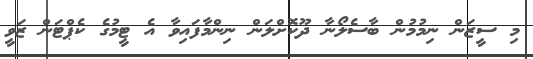
މި ސީޒަން ނިމުމުން ބާސެލޯނާ ދޫކޮށްލަން ނިންމާފައިވާ އެ ޓީމުގެ ކެޕްޓަން ޒަވީ